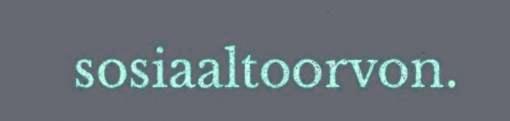
sosiaaltoorvon.